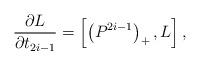
LaTeX: \begin{align*}\frac{\partial L}{\partial t_{2i-1}} = \left[ \left( P^{2i-1} \right)_+, L\right],\end{align*}